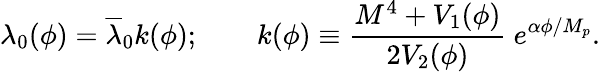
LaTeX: \lambda_{0}(\phi)=\overline{{{\lambda}}}_{0}k(\phi);\qquad k(\phi)\equiv\frac{M^{4}+V_{1}(\phi)}{2V_{2}(\phi)}\ e^{\alpha\phi/M_{p}}.